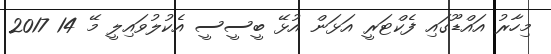
މިހާރު އައްޑޫގައި ފެކްޓަރީ އަޅަން އުޅޭ ބީސީސީ އެކުލުވައިލީ މޭ 14 2017